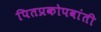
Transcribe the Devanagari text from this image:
पितप्रकोपवांती